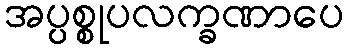
အပ္ပစ္စုပလက္ခဏာပေ